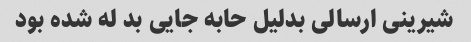
شیرینی ارسالی بدلیل حابه جایی بد له شده بود